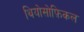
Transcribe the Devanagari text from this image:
थियोसोफ़िकल